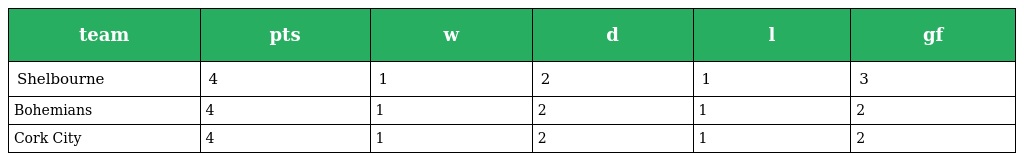
| team | pts | w | d | l | gf |
 | --- | --- | --- | --- | --- | --- |
 | Shelbourne | 4 | 1 | 2 | 1 | 3 |
 | Bohemians | 4 | 1 | 2 | 1 | 2 |
 | Cork City | 4 | 1 | 2 | 1 | 2 |